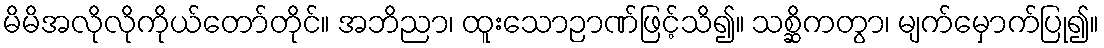
မိမိအလိုလိုကိုယ်တော်တိုင်။ အဘိညာ၊ ထူးသောဉာဏ်ဖြင့်သိ၍။ သစ္ဆိကတွာ၊ မျက်မှောက်ပြု၍။